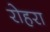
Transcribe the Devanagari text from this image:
रोहरा